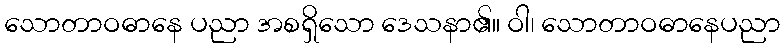
သောတာဝဓာနေ ပညာ အစရှိသော ဒေသနာ၏။ ဝါ၊ သောတာဝဓာနေပညာ